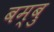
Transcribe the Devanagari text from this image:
बम्बु